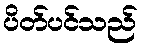
ပိတ်ပင်သည်